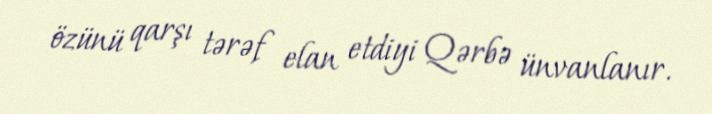
özünü qarşı tərəf elan etdiyi Qərbə ünvanlanır.